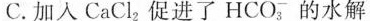
C. 加入CaCl_{2} 促进了HCO_{3} 的水解